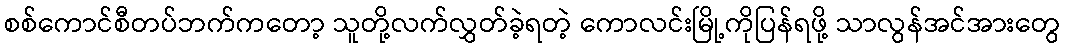
စစ်ကောင်စီတပ်ဘက်ကတော့ သူတို့လက်လွှတ်ခဲ့ရတဲ့ ကောလင်းမြို့ကိုပြန်ရဖို့ သာလွန်အင်အားတွေ